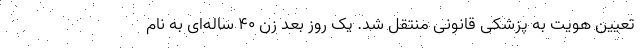
تعیین هویت به پزشکی قانونی منتقل شد. یک روز بعد زن ۴۰ ساله‌ای به نام